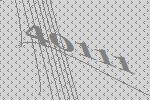
40111